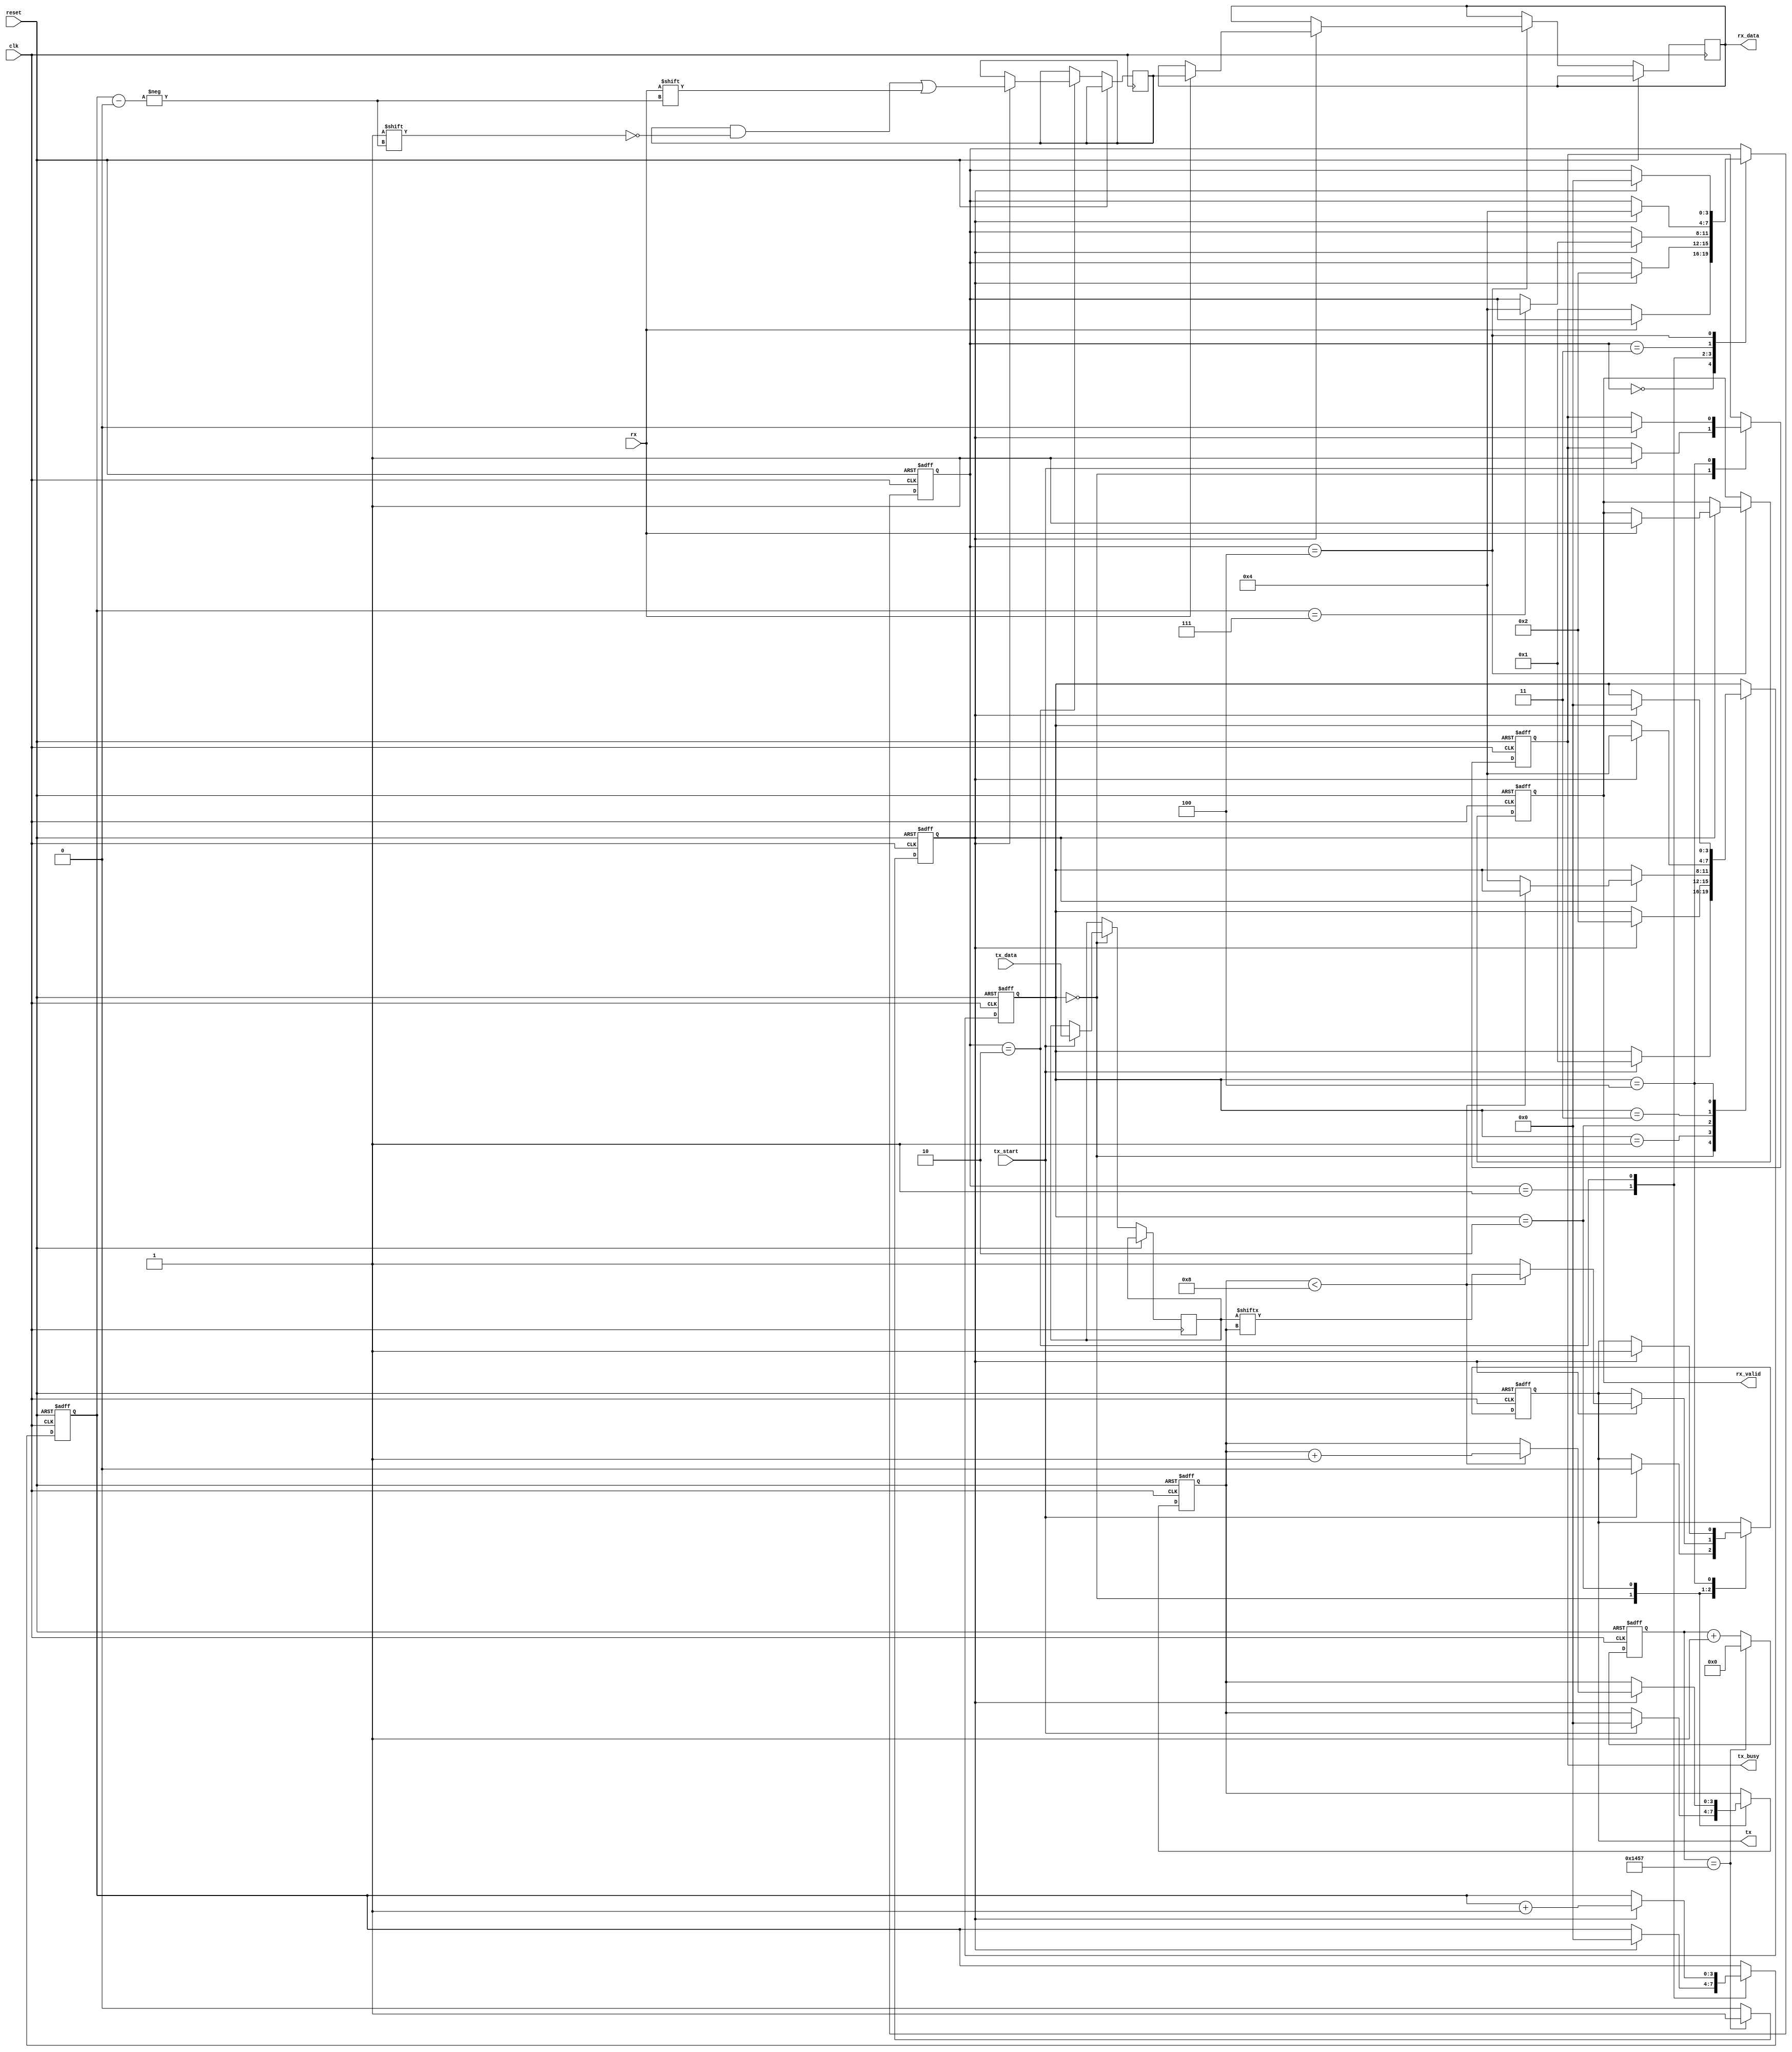
module parameterized_uart #(
    parameter BAUD_RATE = 9600,
    parameter DATA_WIDTH = 8,
    parameter STOP_BITS = 1,
    parameter PARITY_ENABLE = 0, // 0: None, 1: Even, 2: Odd
    parameter CLOCK_FREQ = 50000000 // System clock frequency
)(
    input wire clk,
    input wire reset,
    input wire [DATA_WIDTH-1:0] tx_data,
    input wire tx_start,
    input wire rx,
    output reg tx,
    output reg [DATA_WIDTH-1:0] rx_data,
    output reg rx_valid,
    output reg tx_busy
);

    // Baud rate generation
    localparam BAUD_RATE_DIV = CLOCK_FREQ / BAUD_RATE;
    reg [15:0] baud_counter;
    reg baud_tick;

    always @(posedge clk or posedge reset) begin
        if (reset) begin
            baud_counter <= 0;
            baud_tick <= 0;
        end else begin
            if (baud_counter == BAUD_RATE_DIV - 1) begin
                baud_counter <= 0;
                baud_tick <= 1;
            end else begin
                baud_counter <= baud_counter + 1;
                baud_tick <= 0;
            end
        end
    end

    // Transmitter Logic
    reg [3:0] tx_state;
    reg [DATA_WIDTH-1:0] tx_shift_reg;
    reg [3:0] bit_count;

    localparam TX_IDLE = 0,
               TX_START = 1,
               TX_DATA = 2,
               TX_PARITY = 3,
               TX_STOP = 4;

    always @(posedge clk or posedge reset) begin
        if (reset) begin
            tx <= 1;
            tx_busy <= 0;
            tx_state <= TX_IDLE;
            bit_count <= 0;
        end else begin
            case (tx_state)
                TX_IDLE: begin
                    if (tx_start) begin
                        tx_busy <= 1;
                        tx_shift_reg <= tx_data;
                        tx <= 0; // Start bit
                        bit_count <= 0;
                        tx_state <= TX_START;
                    end
                end
                TX_START: begin
                    if (baud_tick) begin
                        tx_state <= TX_DATA;
                    end
                end
                TX_DATA: begin
                    if (baud_tick) begin
                        if (bit_count < DATA_WIDTH) begin
                            tx <= tx_shift_reg[bit_count];
                            bit_count <= bit_count + 1;
                        end else begin
                            if (PARITY_ENABLE) begin
                                tx <= (PARITY_ENABLE == 1) ? ~^tx_shift_reg : ^tx_shift_reg; // Even or Odd parity
                                tx_state <= TX_PARITY;
                            end else begin
                                tx <= 1; // Stop bit
                                tx_state <= TX_STOP;
                            end
                        end
                    end
                end
                TX_PARITY: begin
                    if (baud_tick) begin
                        tx_state <= TX_STOP;
                    end
                end
                TX_STOP: begin
                    if (baud_tick) begin
                        tx <= 1; // Stop bit
                        tx_busy <= 0;
                        tx_state <= TX_IDLE;
                    end
                end
            endcase
        end
    end

    // Receiver Logic
    reg [3:0] rx_state;
    reg [DATA_WIDTH-1:0] rx_shift_reg;
    reg [3:0] rx_bit_count;
    reg [1:0] stop_bit_count;

    localparam RX_IDLE = 0,
               RX_START = 1,
               RX_DATA = 2,
               RX_PARITY = 3,
               RX_STOP = 4;

    always @(posedge clk or posedge reset) begin
        if (reset) begin
            rx_state <= RX_IDLE;
            rx_valid <= 0;
            rx_bit_count <= 0;
            stop_bit_count <= 0;
        end else begin
            case (rx_state)
                RX_IDLE: begin
                    if (~rx) begin // Start bit detected
                        rx_state <= RX_START;
                    end
                end
                RX_START: begin
                    if (baud_tick) begin
                        rx_state <= RX_DATA;
                        rx_bit_count <= 0;
                    end
                end
                RX_DATA: begin
                    if (baud_tick) begin
                        rx_shift_reg[rx_bit_count] <= rx;
                        rx_bit_count <= rx_bit_count + 1;
                        if (rx_bit_count == DATA_WIDTH - 1) begin
                            if (PARITY_ENABLE) begin
                                rx_state <= RX_PARITY;
                            end else begin
                                rx_state <= RX_STOP;
                            end
                        end
                    end
                end
                RX_PARITY: begin
                    if (baud_tick) begin
                        // Check parity
                        if (PARITY_ENABLE == 1 && ~(^rx_shift_reg == rx)) begin
                            // Parity error
                        end
                        rx_state <= RX_STOP;
                    end
                end
                RX_STOP: begin
                    if (baud_tick) begin
                        if (rx == 1) begin // Check stop bit
                            rx_data <= rx_shift_reg;
                            rx_valid <= 1;
                        end
                        rx_state <= RX_IDLE;
                    end
                end
            endcase
        end
    end

endmodule